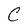
Character: C